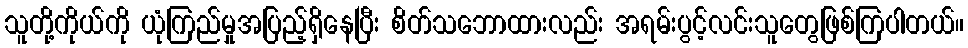
သူတို့ကိုယ်ကို ယုံကြည်မှုအပြည့်ရှိနေပြီး စိတ်သဘောထားလည်း အရမ်းပွင့်လင်းသူတွေဖြစ်ကြပါတယ်။